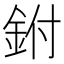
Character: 鉜